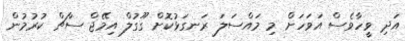
އަދި ވީހާވެސް އަވަހަށް މި މައްސަލަ ރަނގަޅުކޮށް ގޫގުލް އިމޭޖް ސާޗް ކުރުމުން